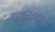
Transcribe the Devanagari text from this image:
अक्कलकोटकर